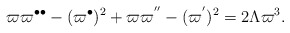
\begin{align*}\varpi \varpi ^{\bullet \bullet }-(\varpi ^{\bullet })^{2}+\varpi \varpi^{^{\prime \prime }}-(\varpi ^{^{\prime }})^{2}=2\Lambda \varpi ^{3}.\end{align*}